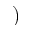
)